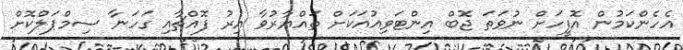
އެހެންކަމުން އޮފީހަށް ނުވަތަ ޖޮބް އިންޓަވިއުއަކަށް ތައްޔާރުވާ އިރު ފޮއްޗާއި ގަހަނާ ސިމްޕަލްކޮށް